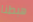
هبطنا